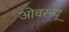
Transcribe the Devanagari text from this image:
ओवरव्यू